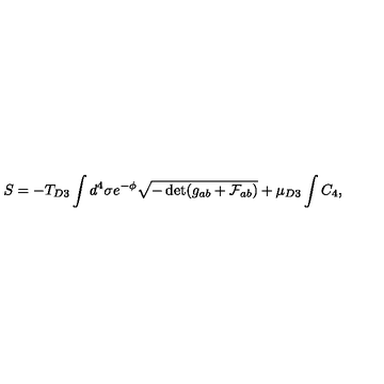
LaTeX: S = - T _ { D 3 } \int d ^ { 4 } \sigma e ^ { - \phi } \sqrt { - \det ( g _ { a b } + \mathcal { F } _ { a b } ) } + \mu _ { D 3 } \int C _ { 4 } ,